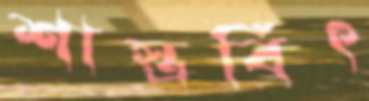
শাস্ত্রবিৎ